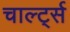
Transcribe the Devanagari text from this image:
चार्ल्ट्स